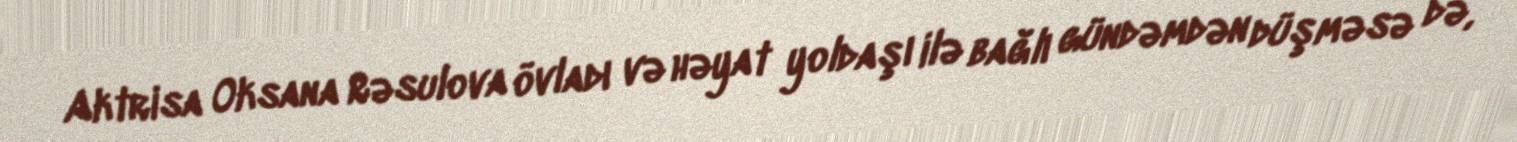
Aktrisa Oksana Rəsulova övladı və həyat yoldaşı ilə bağlı gündəmdən düşməsə də,